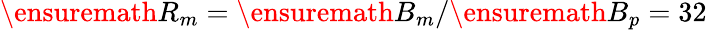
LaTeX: \ensuremath{R_{m}}=\ensuremath{B_{m}}/\ensuremath{B_{p}}=32